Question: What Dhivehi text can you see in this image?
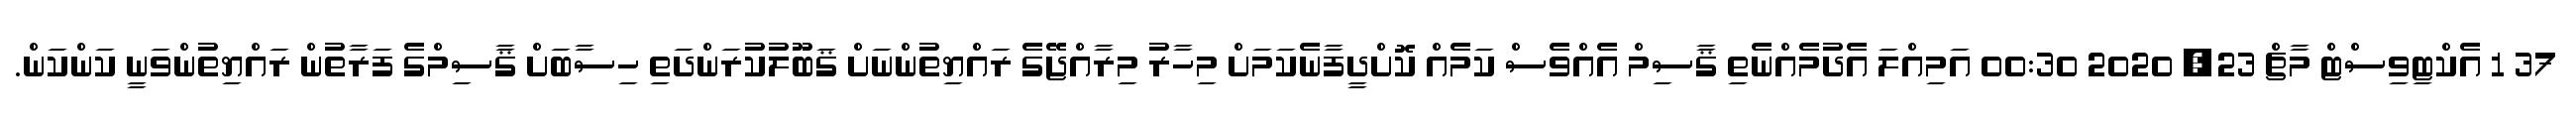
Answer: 37 1 އެކްޓިވިސްޓް މާޗް 23, 2020 00:30 އަމިއްލަ އެދުމެއްނެތި ޤާސިމް އެއްވެސް ކަމެއް ކޮށްދީފާނެކަމަށް މިހާރު މިރާއްޖޭގެ ރައްޔިތުންނަށް ޤަބޫލުކުރަންދަތި ހިސާބަށް ޤާސިމްގެ ފަރާތުން ރައްޔިތުންވަނީ ކަންކަން.